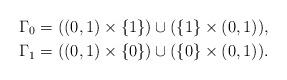
LaTeX: \begin{align*}&\Gamma _0=((0,1)\times \{1\})\cup (\{1\}\times (0,1)),\\&\Gamma _1=((0,1)\times \{0\})\cup (\{0\}\times (0,1)).\end{align*}